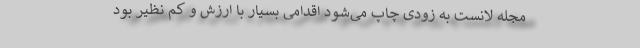
مجله لانست به زودی چاپ می‌‌شود اقدامی بسیار با ارزش و کم نظیر بود